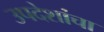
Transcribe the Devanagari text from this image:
उपदेशांचा